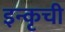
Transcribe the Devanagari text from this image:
इन्कृची